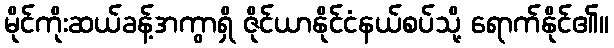
မိုင်ကိုးဆယ်ခန့်အကွာရှိ ဇိုင်ယာနိုင်ငံနယ်စပ်သို့ ရောက်နိုင်၏။